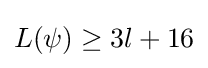
L(\psi )\geq 3l+16